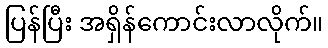
ပြန်ပြီး အရှိန်ကောင်းလာလိုက်။